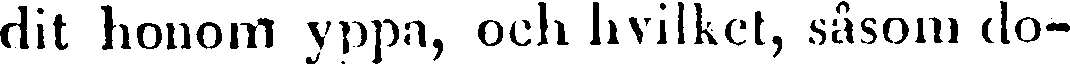
dit honom yppa, och hvilket, såsom do-